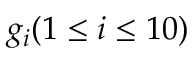
g _ { i } ( 1 \leq i \leq 1 0 )